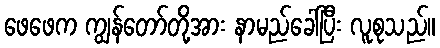
ဖေဖေက ကျွန်တော်တို့အား နာမည်ခေါ်ပြီး လူစုသည်။